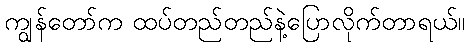
ကျွန်တော်က ထပ်တည်တည်နဲ့ပြောလိုက်တာရယ်။